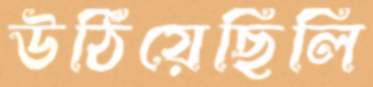
উঠিয়েছিলি